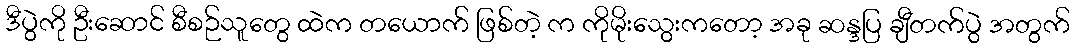
ဒီပွဲကို ဦးဆောင် စီစဉ်သူတွေ ထဲက တယောက် ဖြစ်တဲ့ က ကိုမိုးသွေးကတော့ အခု ဆန္ဒပြ ချီတက်ပွဲ အတွက်